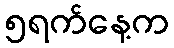
၅ရက်နေ့က